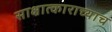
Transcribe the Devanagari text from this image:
साक्षात्काराच्याच